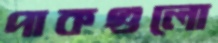
পাকগুলো